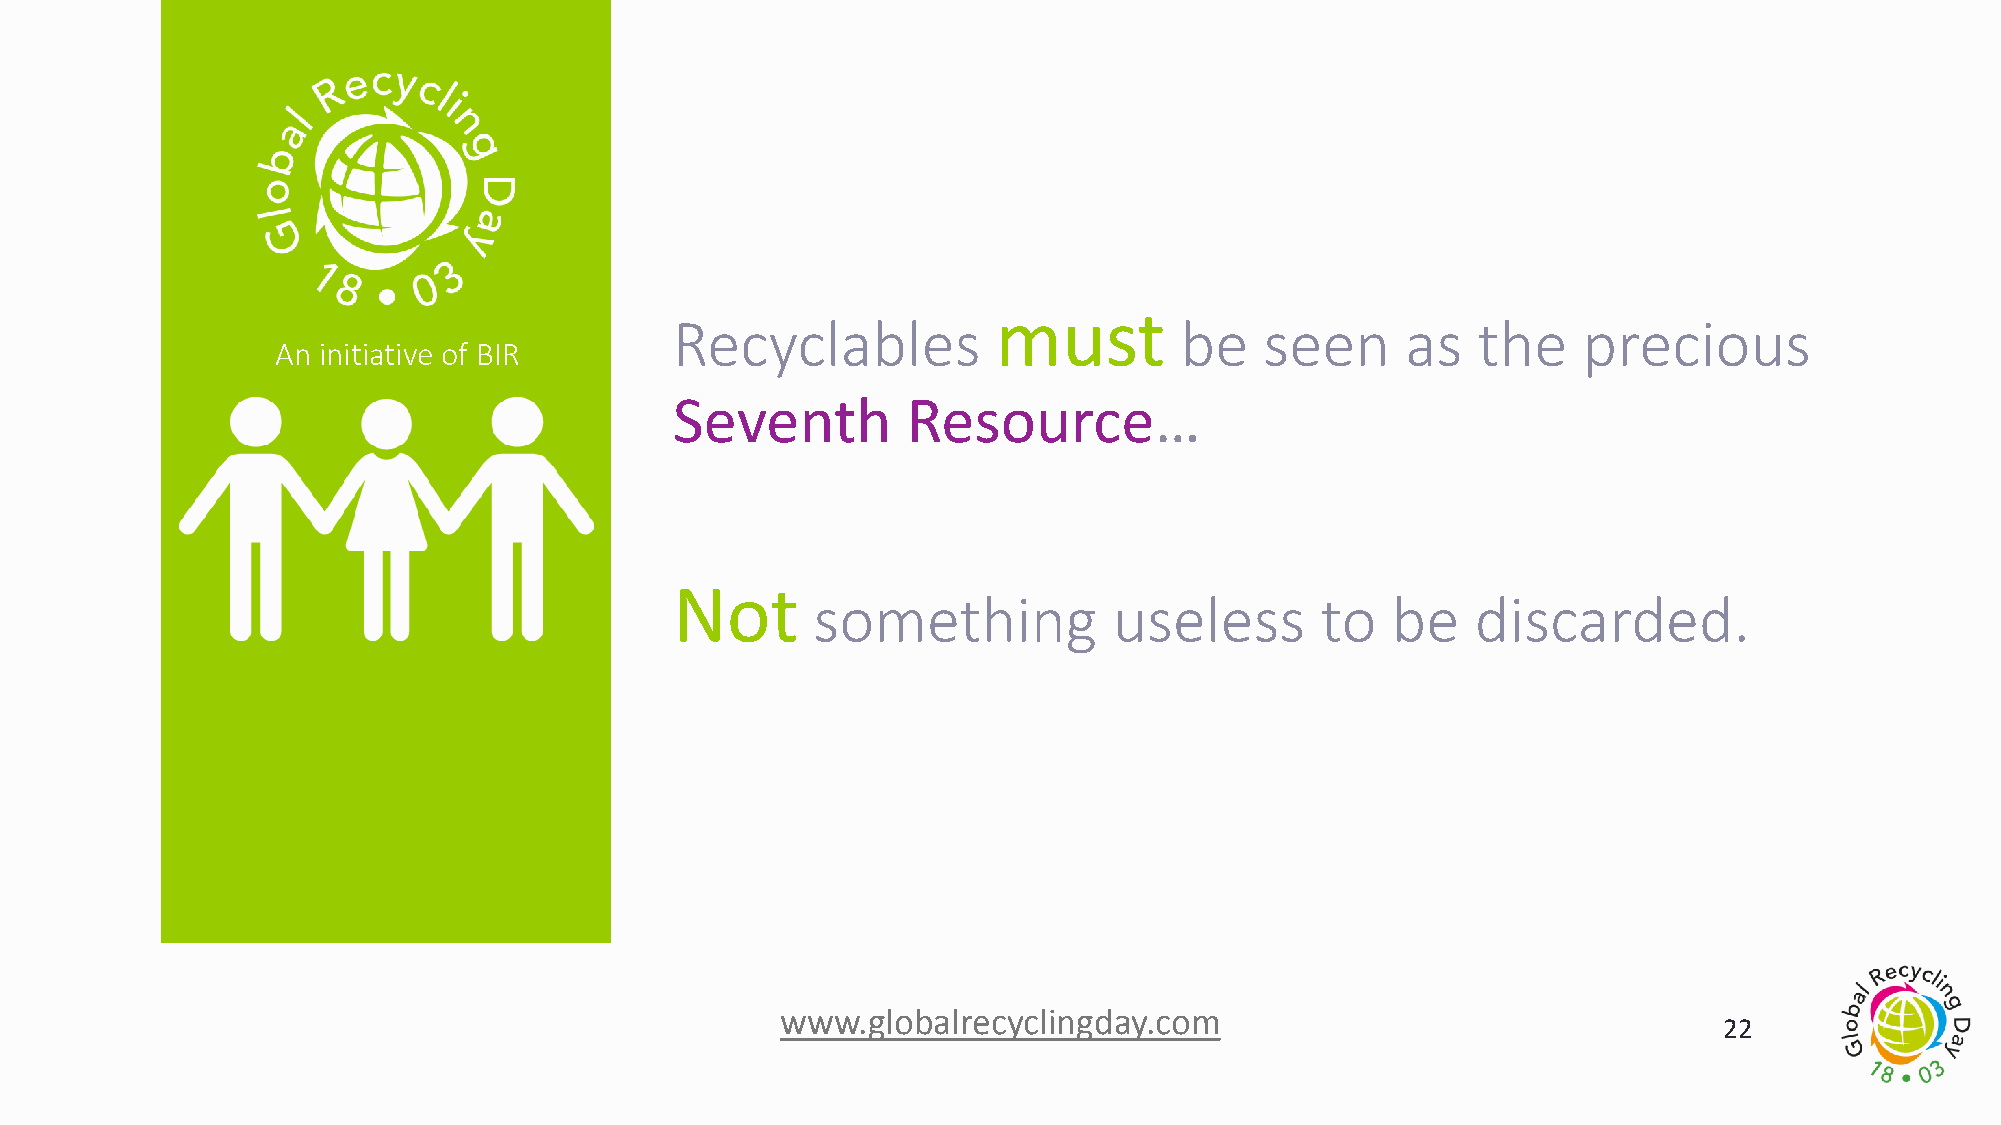
must
 Recyclables                      be    seen     as   the    precious
 An initiative of BIR
 Seventh        Resource…
 Not
 something           useless      to   be    discarded.
 www.globalrecyclingday.com
 22